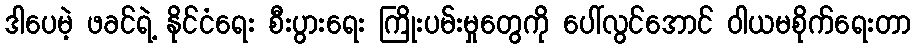
ဒါပေမဲ့ ဖခင်ရဲ့ နိုင်ငံရေး စီးပွားရေး ကြိုးပမ်းမှုတွေကို ပေါ်လွင်အောင် ဝါယမစိုက်ရေးတာ